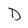
Character: D